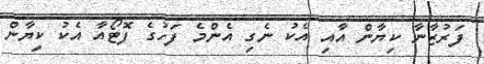
ފަރުޒާނާ ކިޔާން އާއި އެކު ނެގި އެންމެ ފަހުގެ ފޮޓޯއާ އެކު ކިޔާން